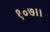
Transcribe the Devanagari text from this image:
१०७।।